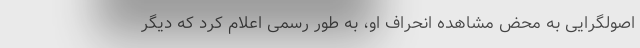
اصولگرایی به محض مشاهده انحراف او، به طور رسمی اعلام کرد که دیگر